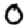
Digit: 0